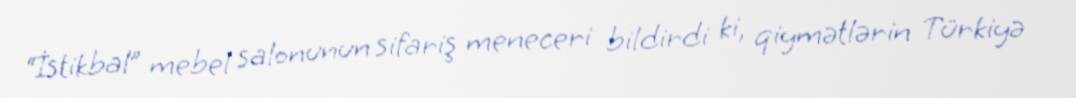
“İstikbal” mebel salonunun sifariş meneceri bildirdi ki, qiymətlərin Türkiyə